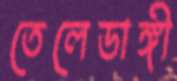
তেলেডাঙ্গী